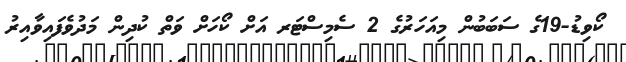
ކޯވިޑު-19ގެ ސަބަބުން މިއަހަރުގެ 2 ސެމިސްޓަރ އަށް ކޯހަށް ވަތް ކުދިން މަދުވެފައިވާއިރު